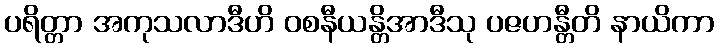
ပရိတ္တာ အကုသလာဒီဟိ ဝစနီယန္တိအာဒီသု ပဇဟန္တီတိ နာယိကာ